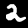
Label: 2